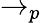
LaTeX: \to_{p}